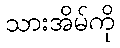
သားအိမ်ကို